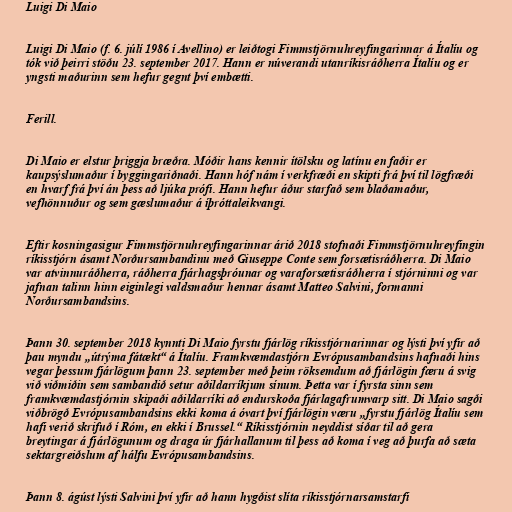
Luigi Di Maio

Luigi Di Maio (f. 6. júlí 1986 í Avellino) er leiðtogi Fimmstjörnuhreyfingarinnar á Ítalíu og
tók við þeirri stöðu 23. september 2017. Hann er núverandi utanríkisráðherra Ítalíu og er
yngsti maðurinn sem hefur gegnt því embætti.

Ferill.

Di Maio er elstur þriggja bræðra. Móðir hans kennir ítölsku og latínu en faðir er
kaupsýslumaður í byggingariðnaði. Hann hóf nám í verkfræði en skipti frá því til lögfræði
en hvarf frá því án þess að ljúka prófi. Hann hefur áður starfað sem blaðamaður,
vefhönnuður og sem gæslumaður á íþróttaleikvangi.

Eftir kosningasigur Fimmstjörnuhreyfingarinnar árið 2018 stofnaði Fimmstjörnuhreyfingin
ríkisstjórn ásamt Norðursambandinu með Giuseppe Conte sem forsætisráðherra. Di Maio
var atvinnuráðherra, ráðherra fjárhagsþróunar og varaforsætisráðherra í stjórninni og var
jafnan talinn hinn eiginlegi valdsmaður hennar ásamt Matteo Salvini, formanni
Norðursambandsins.

Þann 30. september 2018 kynnti Di Maio fyrstu fjárlög ríkisstjórnarinnar og lýsti því yfir að
þau myndu „útrýma fátækt“ á Ítalíu. Framkvæmdastjórn Evrópusambandsins hafnaði hins
vegar þessum fjárlögum þann 23. september með þeim röksemdum að fjárlögin færu á svig
við viðmiðin sem sambandið setur aðildarríkjum sínum. Þetta var í fyrsta sinn sem
framkvæmdastjórnin skipaði aðildarríki að endurskoða fjárlagafrumvarp sitt. Di Maio sagði
viðbrögð Evrópusambandsins ekki koma á óvart því fjárlögin væru „fyrstu fjár­lög Ítal­íu sem
hafi verið skrifuð í Róm, en ekki í Brus­sel.“ Ríkisstjórnin neyddist síðar til að gera
breytingar á fjárlögunum og draga úr fjárhallanum til þess að koma í veg að þurfa að sæta
sektargreiðslum af hálfu Evrópusambandsins.

Þann 8. ágúst lýsti Salvini því yfir að hann hygðist slíta ríkisstjórnarsamstarfi